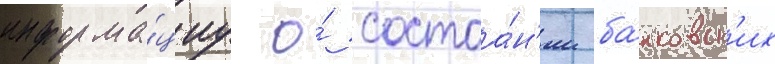
информа́циу о́ состоа́н'ии ба́нковск'их